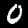
Label: 0